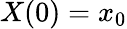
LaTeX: X(0)=x_{0}